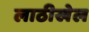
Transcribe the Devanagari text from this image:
लाठीखेल